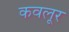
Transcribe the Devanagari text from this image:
कवलूर